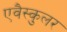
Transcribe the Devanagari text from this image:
एवैस्कुलर